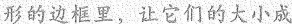
形的边框里，让它们的大小成